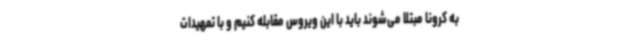
به کرونا مبتلا می‌شوند باید با این ویروس مقابله کنیم و با تمهیدات